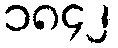
၁၈၄၂